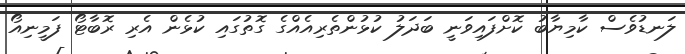
ލަނޑުވެސް ކާމިޔާބު ކޮށްފައިވަނީ ބަދަލު ކުޅުންތެރިއެއްގެ ގޮތުގައި ކުޅެން އެރި ރޮބާޓޯ ފަމީނިއޯ